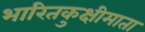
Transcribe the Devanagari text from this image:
भारितकुक्षीमाता